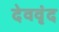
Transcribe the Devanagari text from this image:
देववृंद